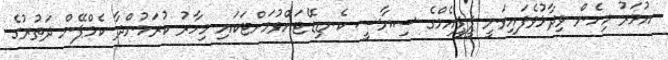
އުމަރު މިހެން ވިދާޅުވެފައިވަނީ ޕީޕީއެމްގެ ސިޔާސީ ކެނޑިޑޭޓަށްވުމަށްޓަކައި މިހާރު ކުރަމުންދާ ކެމްޕޭން ދަތުރުގެ